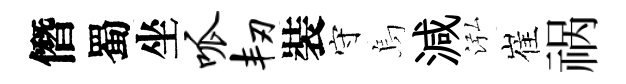
僭蜀坐呱韧裝守烏減泓崔祸